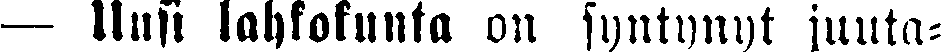
— Uusi lahkokunta on syntynyt juuta-